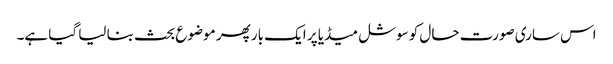
اس ساری صورت حال کو سوشل میڈیا پر ایک بار پھر موضوع بحث بنا لیا گیا ہے۔